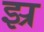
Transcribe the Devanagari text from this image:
झ्र